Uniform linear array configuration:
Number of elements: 48
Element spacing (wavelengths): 1
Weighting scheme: blackman
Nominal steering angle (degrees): -15
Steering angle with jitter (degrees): -13.287
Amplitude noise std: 0.05
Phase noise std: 0.05

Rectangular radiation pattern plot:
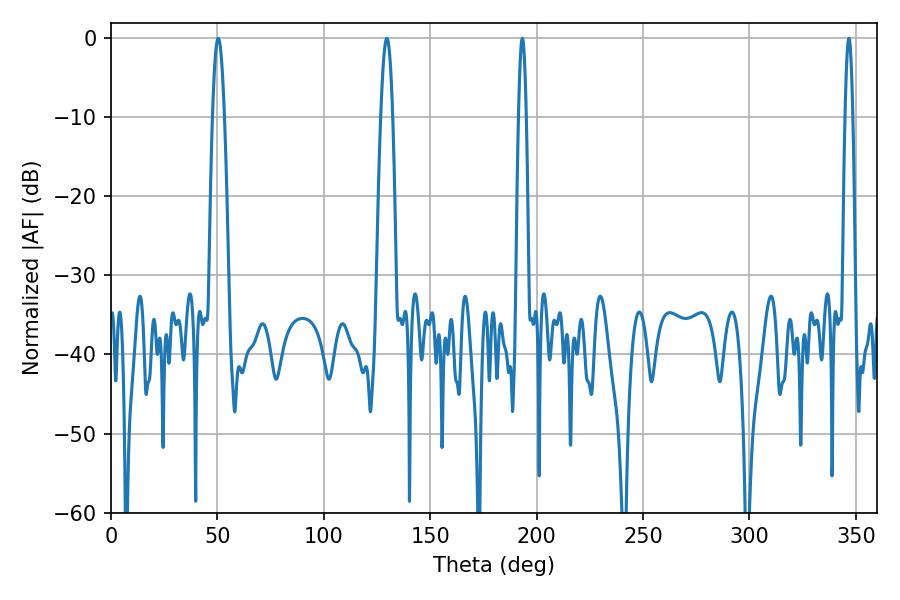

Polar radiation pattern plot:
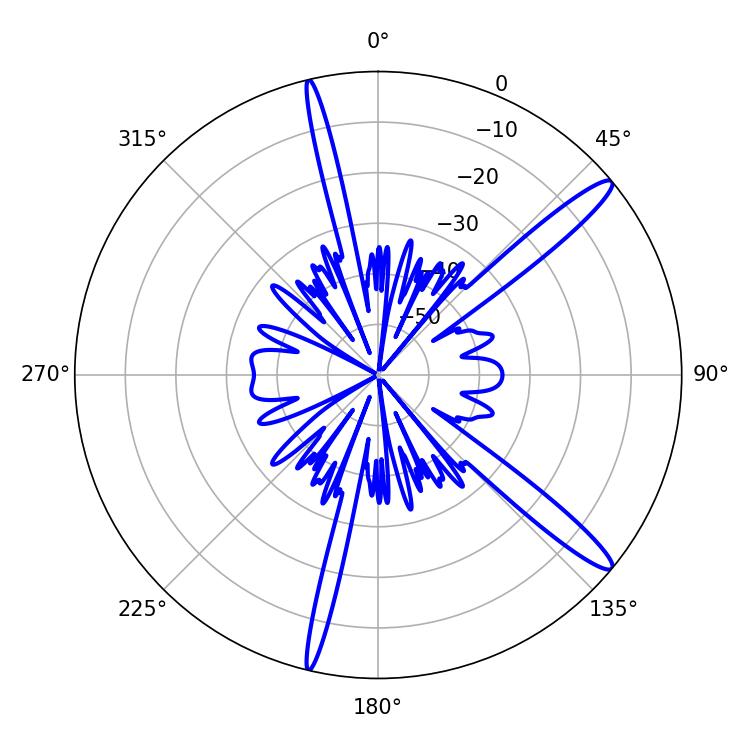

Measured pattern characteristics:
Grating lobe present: TRUE
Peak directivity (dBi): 14.407
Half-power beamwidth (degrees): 2.88
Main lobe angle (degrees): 50.4